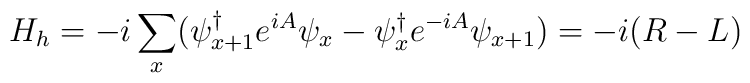
H_{h}=-i\sum_{x}(\psi_{x+1}^{\dag}e^{iA}\psi_{x}-\psi_{x}^{\dag}e^{-iA}\psi_{x+1})=-i(R-L)